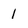
Character: 1